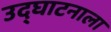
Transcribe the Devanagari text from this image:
उद्‌घाटनाला